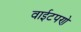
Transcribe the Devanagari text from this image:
वाईटपणे